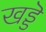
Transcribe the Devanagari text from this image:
खड्डॆ